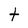
Character: t